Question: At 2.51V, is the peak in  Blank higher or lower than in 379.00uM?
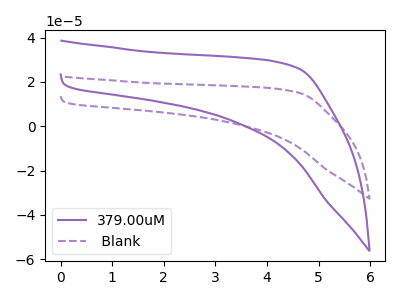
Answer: <think>The purple curve "379.00uM" has no peaks. The purple dashed curve " Blank" has no peaks.</think>
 <answer>" Blank" and "379.00uM" dont share a peak at 2.51V.</answer>
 <eval>mismatch</eval>